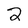
Character: 2